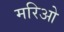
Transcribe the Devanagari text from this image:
मरिओ